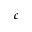
c